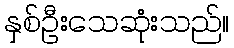
နှစ်ဦးသေဆုံးသည်။